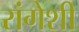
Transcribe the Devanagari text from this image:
रांगेशी